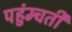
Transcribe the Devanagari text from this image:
पहुंम्चती